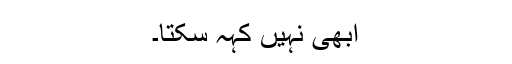
ابھی نہیں کہہ سکتا۔